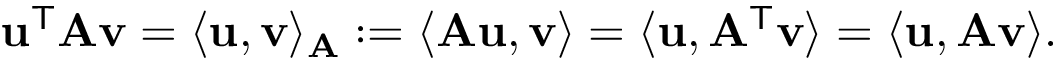
\mathbf { u } ^ { \mathsf { T } } \mathbf { A } \mathbf { v } = \langle \mathbf { u } , \mathbf { v } \rangle _ { \mathbf { A } } : = \langle \mathbf { A } \mathbf { u } , \mathbf { v } \rangle = \langle \mathbf { u } , \mathbf { A } ^ { \mathsf { T } } \mathbf { v } \rangle = \langle \mathbf { u } , \mathbf { A } \mathbf { v } \rangle .